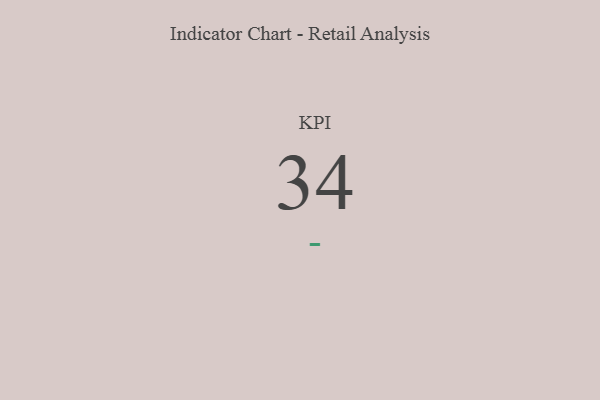
{"axis": {"x": "KPI", "y": "Value"}, "legend": [""], "data": [{"x": "KPI", "y": 34, "type": ""}]}